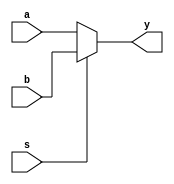
module mux2_16bit(a, b, s, y);

	// input ports & output port
	input [15:0] a, b;
	input s;
	output reg [15:0] y;
	
	always @ (*) begin
		if(s == 1'b0) y <= a;
		else y <= b;
	end
	
endmodule